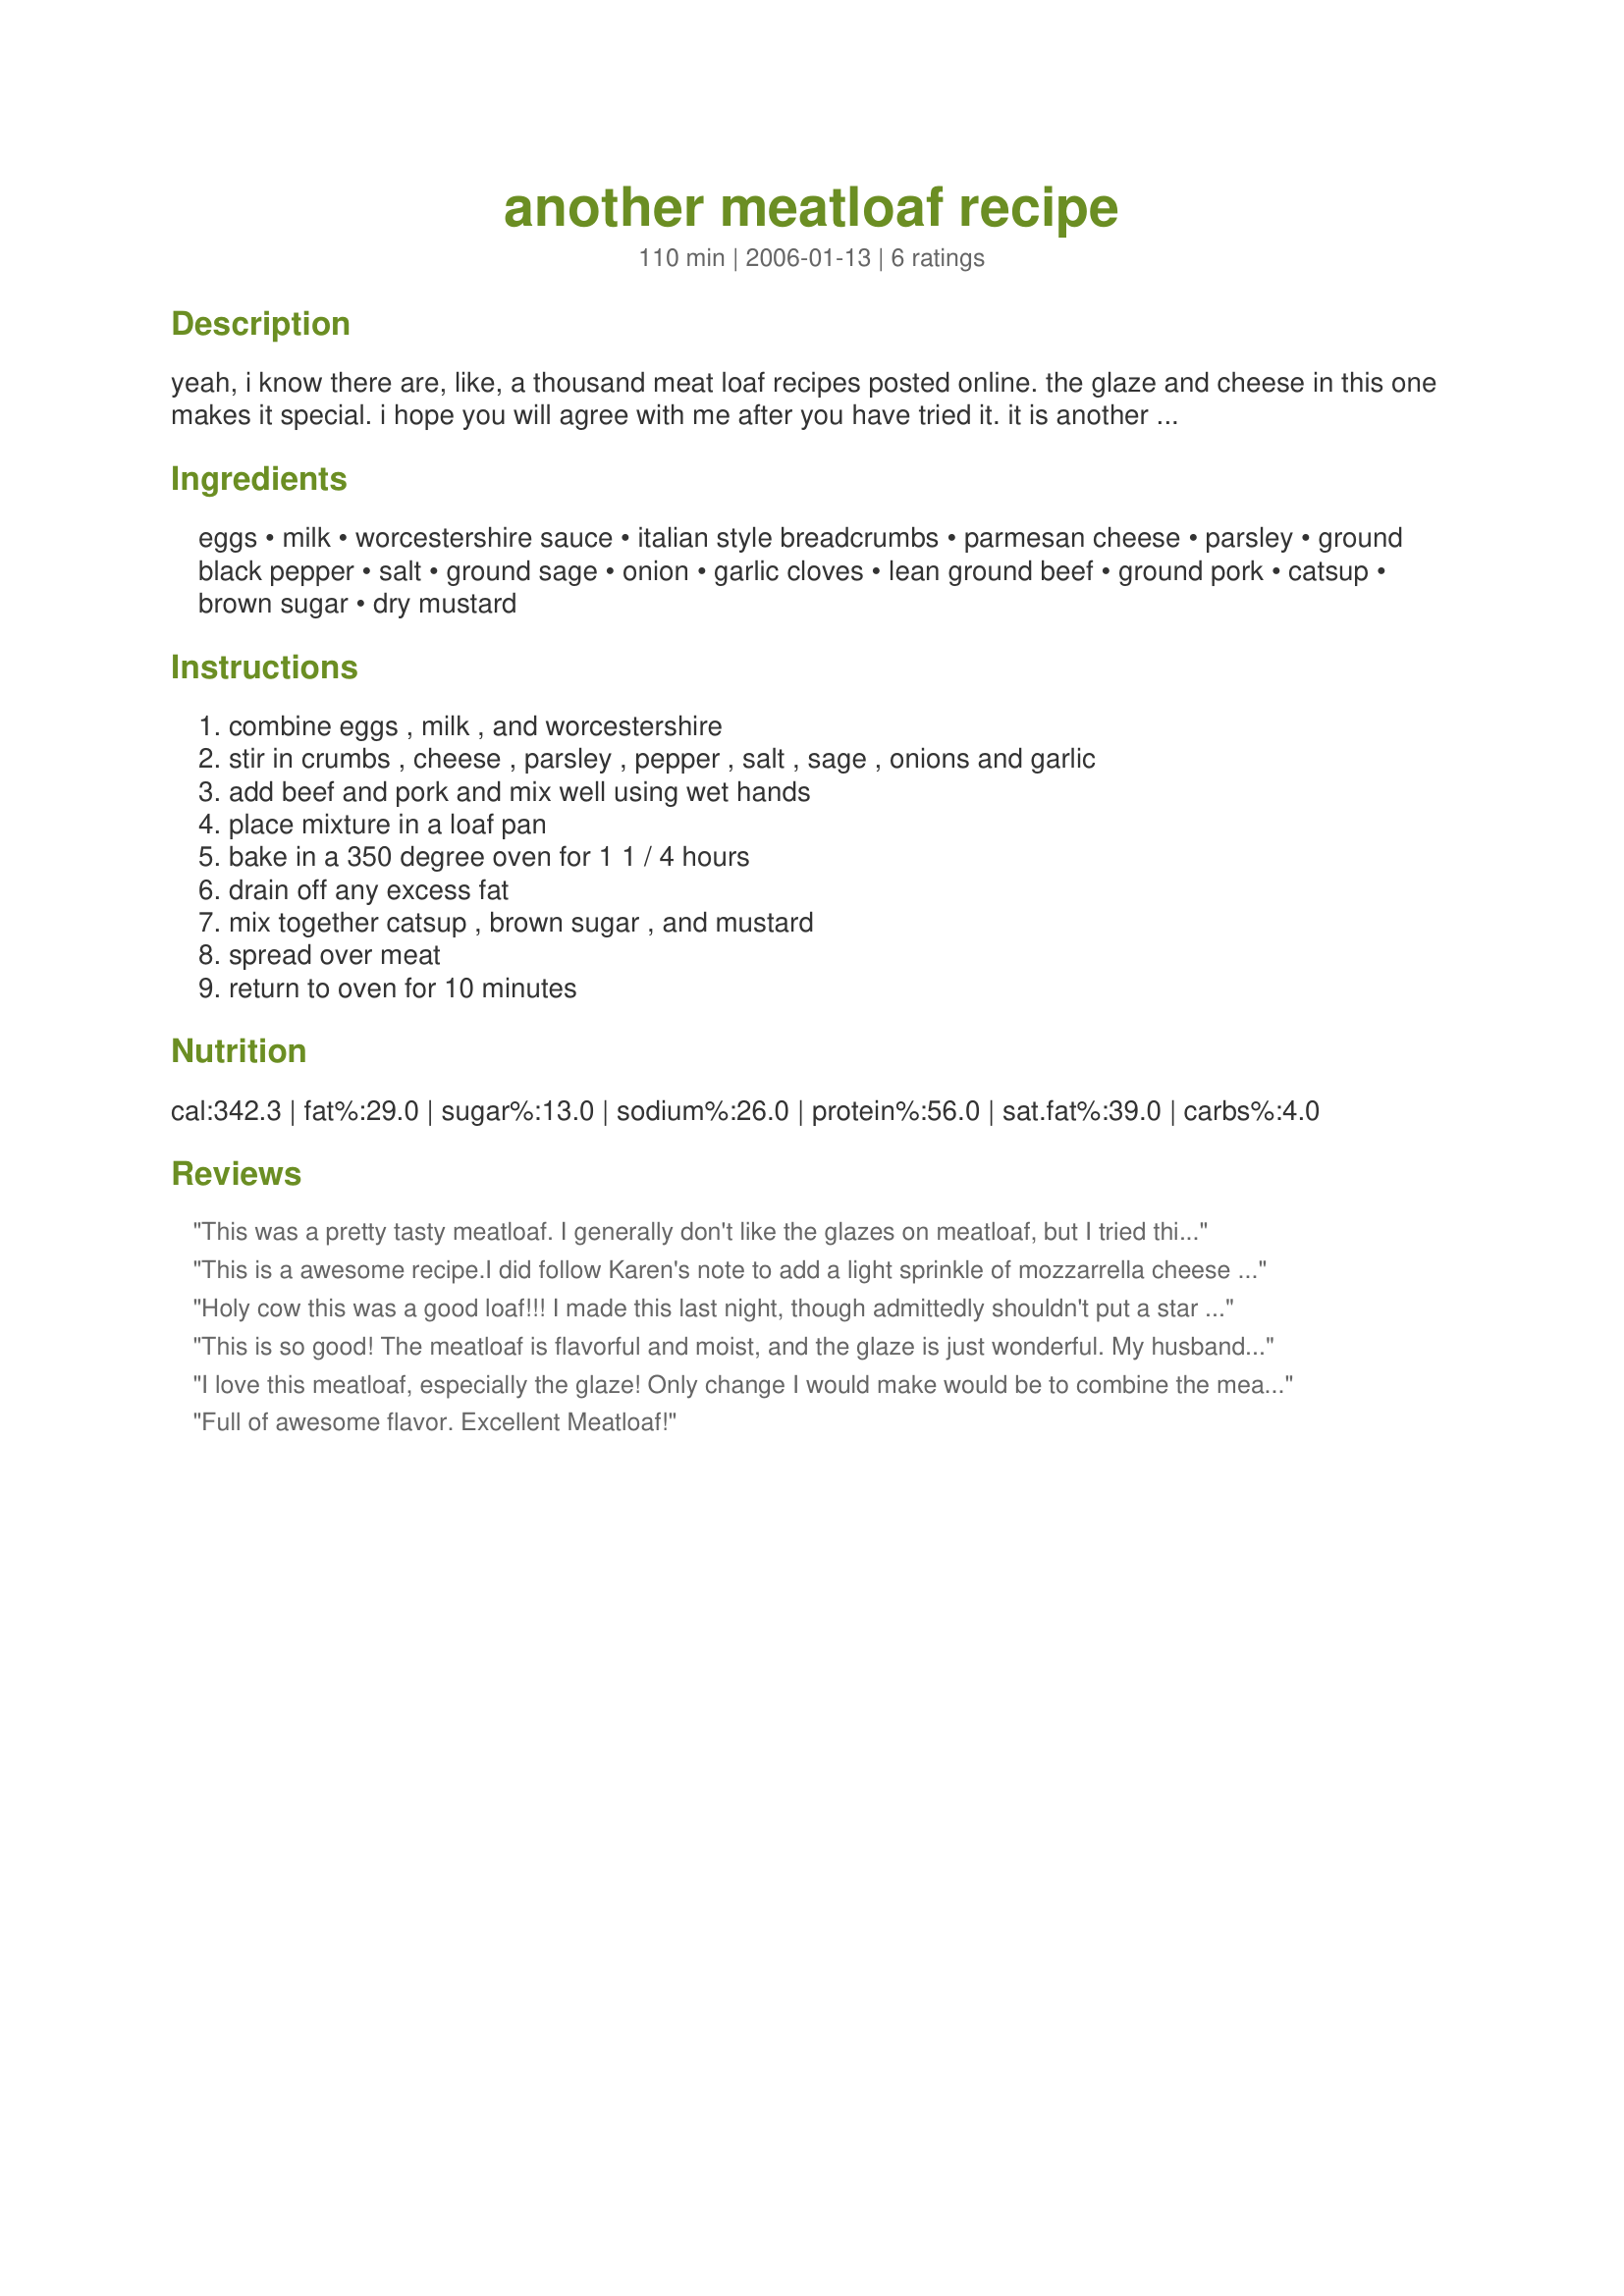
another meatloaf recipe
Preparation time: 110 minutes

yeah, i know there are, like, a thousand meat loaf recipes posted online. the glaze and cheese in this one makes it special. i hope you will agree with me after you have tried it. it is another of my own made up recipes never posted before or anywhere else. for an interesting twist, sub sweet or spicy italian sausage for the ground pork and top it all off with spaghetti sauce and mozzarella cheese. i have even added diced pepperoni with good results. just plain and simple comfort food. makes great sandwiches the next day or freeze the leftovers for another quick meal.

Ingredients:
eggs, milk, worcestershire sauce, italian style breadcrumbs, parmesan cheese, parsley, ground black pepper, salt, ground sage, onion, garlic cloves, lean ground beef, ground pork, catsup, brown sugar, dry mustard

Steps:
combine eggs , milk , and worcestershire, stir in crumbs , cheese , parsley , pepper , salt , sage , onions and garlic, add beef and pork and mix well using wet hands, place mixture in a loaf pan, bake in a 350 degree oven for 1 1 / 4 hours, drain off any excess fat, mix together catsup , brown sugar , and mustard, spread over meat, return to oven for 10 minutes

Reviews:
This was a pretty tasty meatloaf. I generally don't like the glazes on meatloaf, but I tried this glaze and thought it very good. The cheese flavor really comes through in the meatloaf. A keeper.
This is a awesome recipe.I did follow Karen's note to add a light sprinkle of mozzarrella cheese to the top which was nice. 
 I did make a few changes and additions. I used chunky vegatable spaghetti sauce instead of the ketchup and added a pinch of basil and oregano. I left space around the meatloaf so when i put on the topping it would glaze the entire meatloaf, If you want a little kick, add a teaspoon of chili powder..that was nice too. ...The recipe is definitely a full flavored keeper.
Holy cow this was a good loaf!!! I made this last night, though admittedly shouldn't put a star rating since I made some changes, but here it goes. I used 1 pound of ground turkey and 1 pound of spicy italian turkey sausage (I think it would have been equally good with sweet), I used 1/2 c onion (to use it up), I put it on a sheet pan in a loaf shape and added double the glaze at the end to include the sides as well. I made a size of homemade mac and cheese and green beans and carrots. I will warn you: neither one of use could just have one serving of this meal, thoroughly addictive comfort food. Thanks Karen!!!
This is so good! The meatloaf is flavorful and moist, and the glaze is just wonderful. My husband asked that next time we bake the loaf on a sheet pan so the glaze could be on all sides. Thanks Karen! UPDATE - Instead of using a loaf pan, I shaped the meat into a loaf form on a 9*11 pan. This way the glaze covered all sides. It is delish!
I love this meatloaf, especially the glaze! Only change I would make would be to combine the meats, then add the wet, then the dry to help smooth it out when mixing. I always want a double batch of the glaze and bake in a casserole dish with room on the sides to help glaze the whole thing. Looking forward to making it with the sausage and such in the future. THANKS!
Full of awesome flavor. Excellent Meatloaf!
